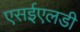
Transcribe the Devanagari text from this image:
एसईएलडी